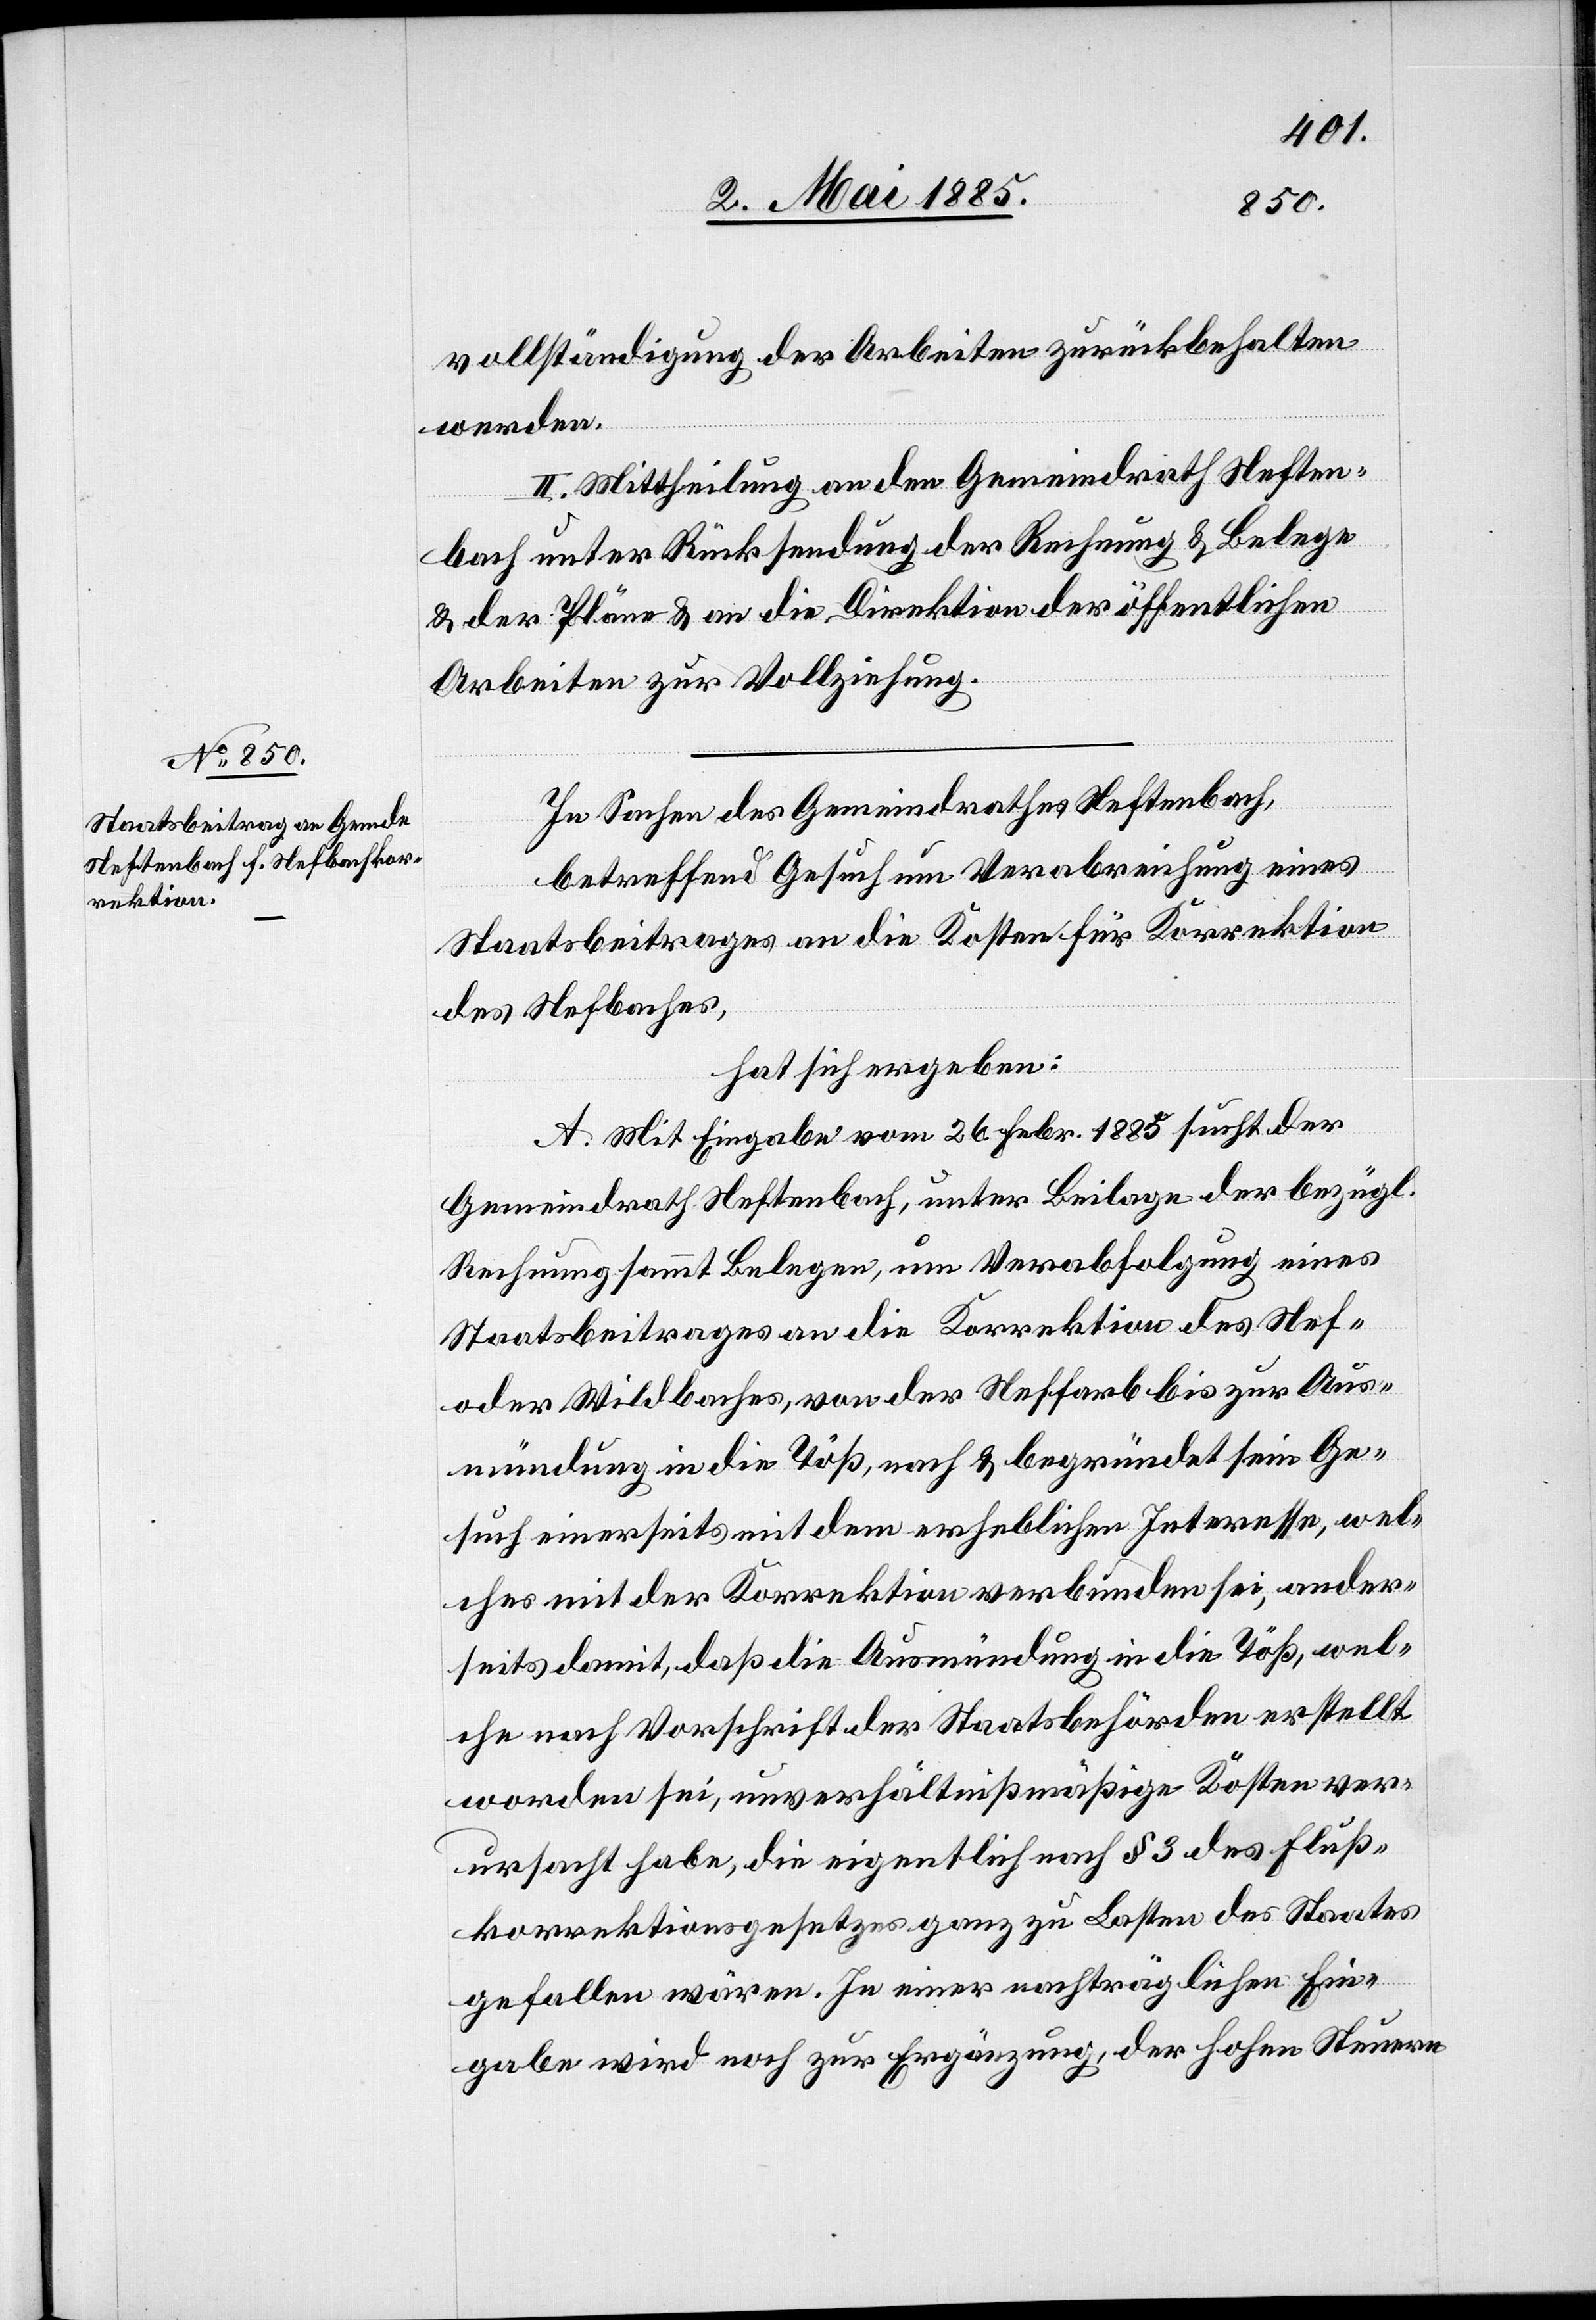
vollständigung der Arbeiten zurückbehalten
werden.
II. Mittheilung an den Gemeindrath Neften¬
bach unter Rücksendung der Rechnung & Belege
& der Pläne & an die Direktion der öffentlichen
Arbeiten zur Vollziehung.
In Sachen des Gemeindrathes Neftenbach,
betreffend Gesuch um Verabreichung eines
Staatsbeitrages an die Kosten für Korrektion
des Nefbaches,
hat sich ergeben:
A. Mit Eingabe vom 26. Febr. 1885 sucht der
Gemeindrath Neftenbach, unter Beilage der bezügl.
Rechnung sammt Belegen, um Verabfolgung eines
Staatsbeitrages an die Korrektion des Nef-
oder Wildbaches, von der Neffarb bis zur Aus¬
mündung in die Töß, nach & begründet sein Ge¬
such einerseits mit dem erheblichen Interesse, wel¬
ches mit der Korrektion verbunden sei, ander¬
seits damit, daß die Ausmündung in die Töß, wel¬
che nach Vorschrift der Staatsbehörden erstellt
worden sei, unverhältnißmäßige Kosten ver¬
ursacht habe, die eigentlich nach § 3 des Fluß¬
korrektionsgesetzes ganz zu Lasten des Staates
gefallen wären. In einer nachträglichen Ein¬
gabe wird noch zur Ergänzung der hohen Steuern